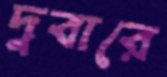
দুবারে